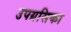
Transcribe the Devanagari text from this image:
उपग्रसिका